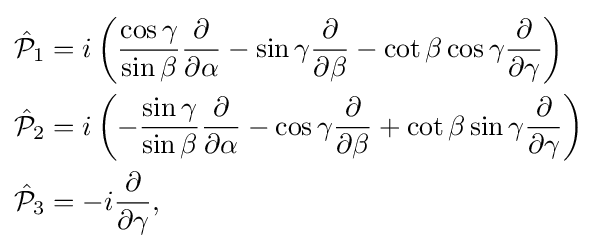
{\begin{aligned}{\hat {\mathcal {P}}}_{1}&=i\left({\cos \gamma  \over \sin \beta }{\partial  \over \partial \alpha }-\sin \gamma {\partial  \over \partial \beta }-\cot \beta \cos \gamma {\partial  \over \partial \gamma }\right)\\{\hat {\mathcal {P}}}_{2}&=i\left(-{\sin \gamma  \over \sin \beta }{\partial  \over \partial \alpha }-\cos \gamma {\partial  \over \partial \beta }+\cot \beta \sin \gamma {\partial  \over \partial \gamma }\right)\\{\hat {\mathcal {P}}}_{3}&=-i{\partial  \over \partial \gamma },\\\end{aligned}}